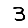
Digit: 3